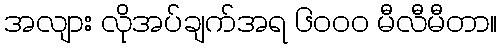
အလျား လိုအပ်ချက်အရ ၆၀၀၀ မီလီမီတာ။